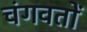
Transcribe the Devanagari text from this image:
चंगवतों